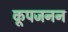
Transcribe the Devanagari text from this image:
कूपजनन